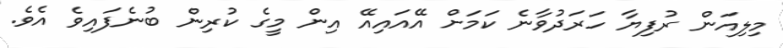
މިލިއަން ރުފިޔާ ހަރަދުވާނެ ކަމަށް އޭއައިއޭ އިން މީގެ ކުރިން ބުނެފައިވެ އެވެ.